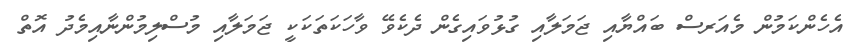
އެހެންކަމުން މެއަރސް ބައްޔާއި ޖަމަލާއި ގުޅުވައިގެން ދެކެވޭ ވާހަކަތަކަކީ ޖަމަލާއި މުސްލިމުންނާއިމެދު އޮތް